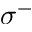
\sigma ^ { - }